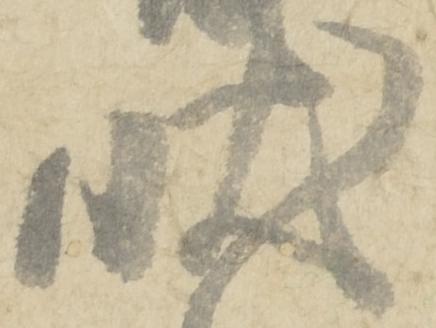
状